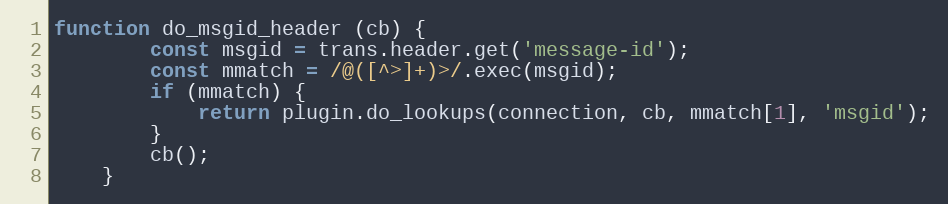
Language: JavaScript
function do_msgid_header (cb) {
        const msgid = trans.header.get('message-id');
        const mmatch = /@([^>]+)>/.exec(msgid);
        if (mmatch) {
            return plugin.do_lookups(connection, cb, mmatch[1], 'msgid');
        }
        cb();
    }